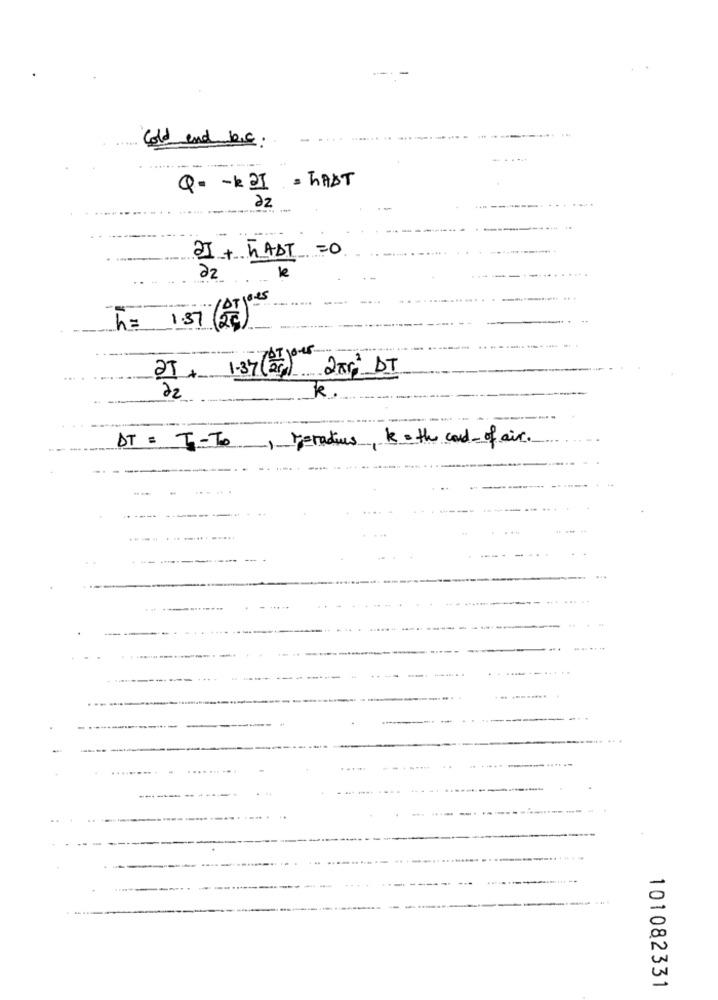
Cold and b.c.
Q- - k 2] = TABT
22
21 + TAST =0
22
h= 1.57 (2)
25 . 1.37(25) 2xr; DT
22
k.
Beradius, k= the card- of air.
DT = 7-To
101082331